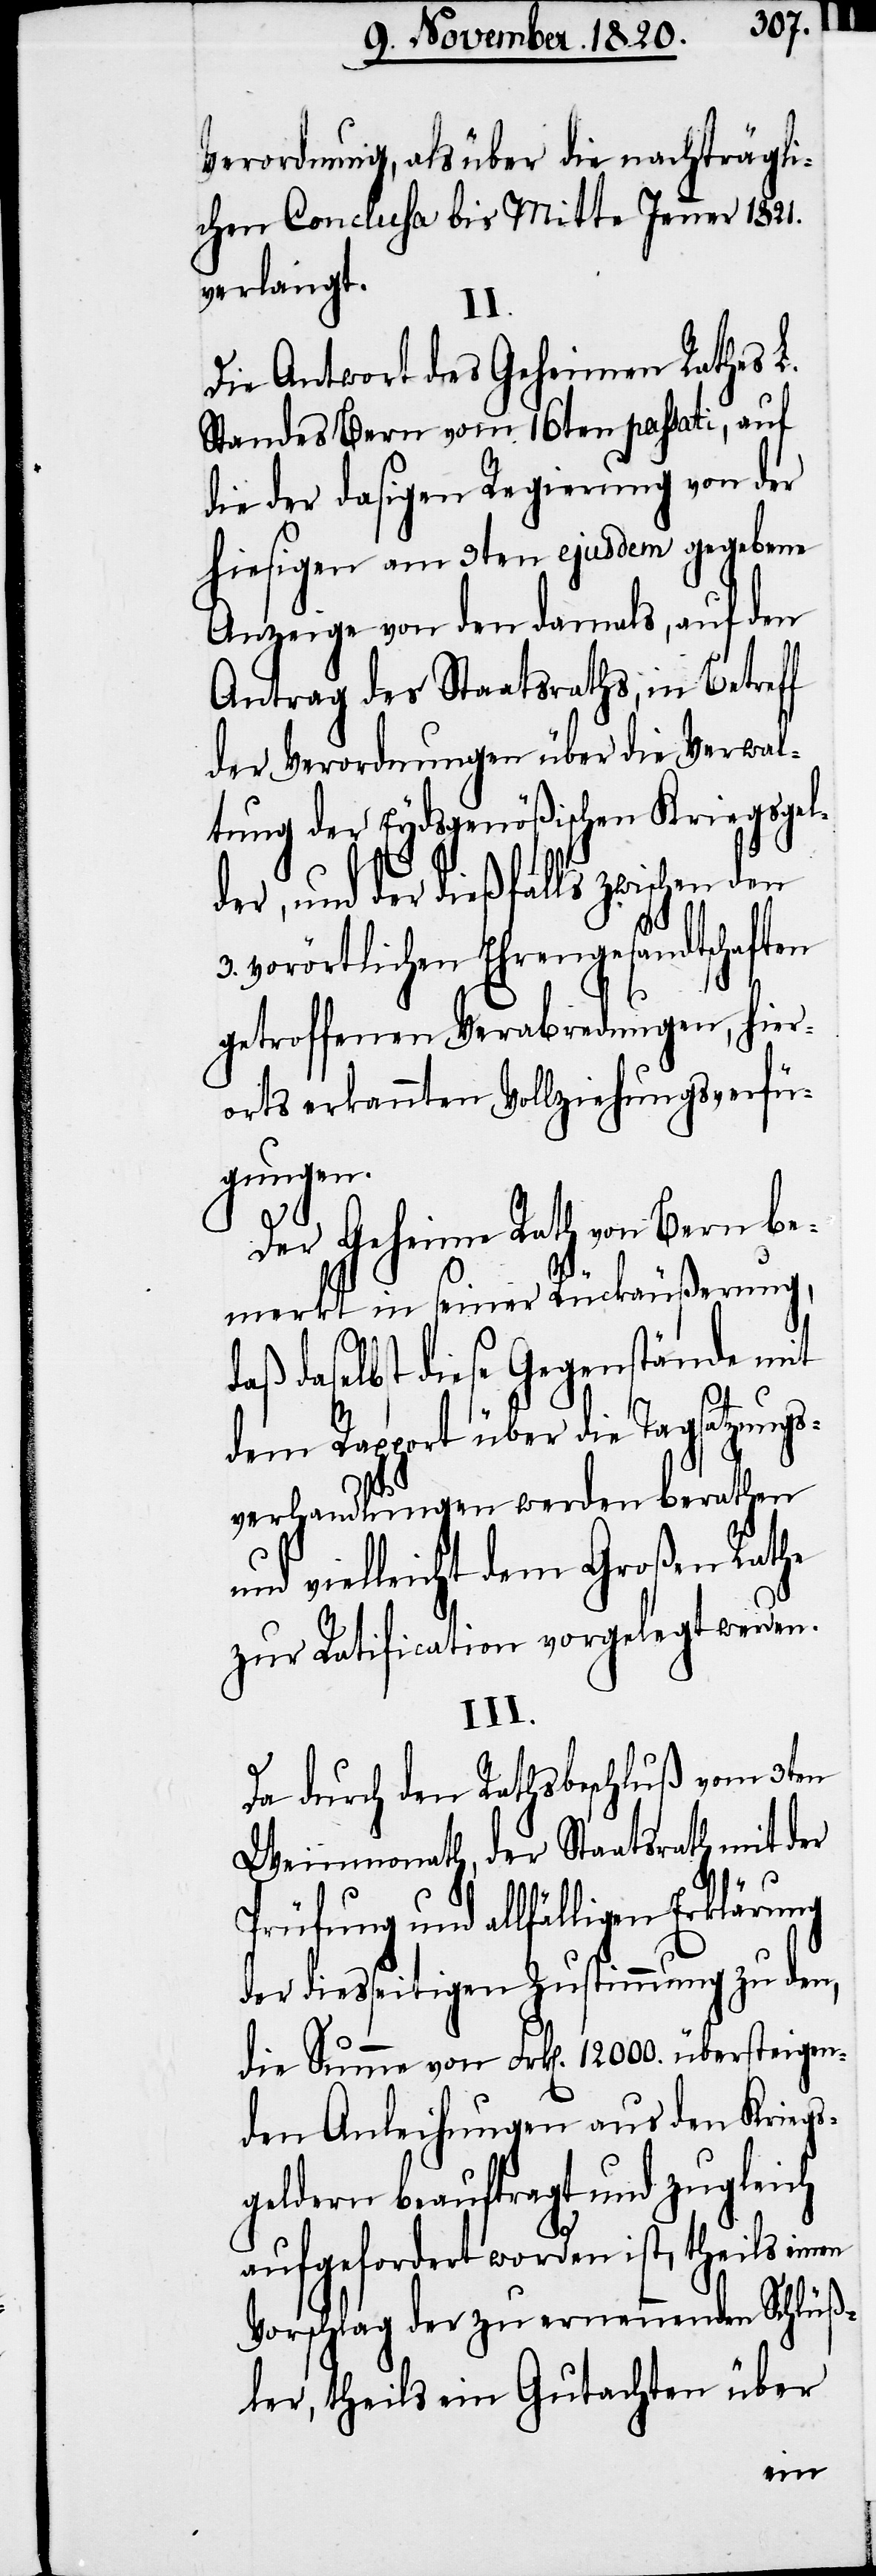
Verordnung, als über die nachträgli¬
chen Conclusa bis Mitte Jenner 1821.
verlangt.
II.
Die Antwort des Geheimen Rathes L.
Standes Bern vom 16ten passati, auf
die der dasigen Regierung von der
hiesigen am 9ten ejusdem gegebene
Anzeige von den damals, auf den
Antrag des Staatsraths, im Betreff
der Verordnungen über die Verwal¬
tung der Eydsgenößischen Kriegsgel¬
der, und der dießfalls zwischen den
vorörtlichen Ehrengesandtschaften
getroffenen Verabredungen, hier¬
orts erkannten Vollziehungsverfü¬
gungen.
Der Geheime Rath von Bern be¬
merkt in seiner Rückäußerung,
daselbst diese Gegenstände mit
dem Rapport über die Tagsatzungs¬
verhandlungen werden berathen
vielleicht dem Großen Rathe
zur Ratification vorgelegt werden.
III.
Da durch den Rathsbeschluß vom 3ten
Weinmonath, der Staatsrath mit der
Prüfung und allfälligen Erklärung
der diesseitigen Zustimmung zu dem,
die Summe von Frk[en]. 12000. übersteigen¬
den Anleihungen aus den Kriegs¬
geldern beauftragt und zugleich
aufgefordert worden ist, theils ein¬
Vorschlag der zu ernennenden Schlüß¬
ler, theils ein Gutachten über
en